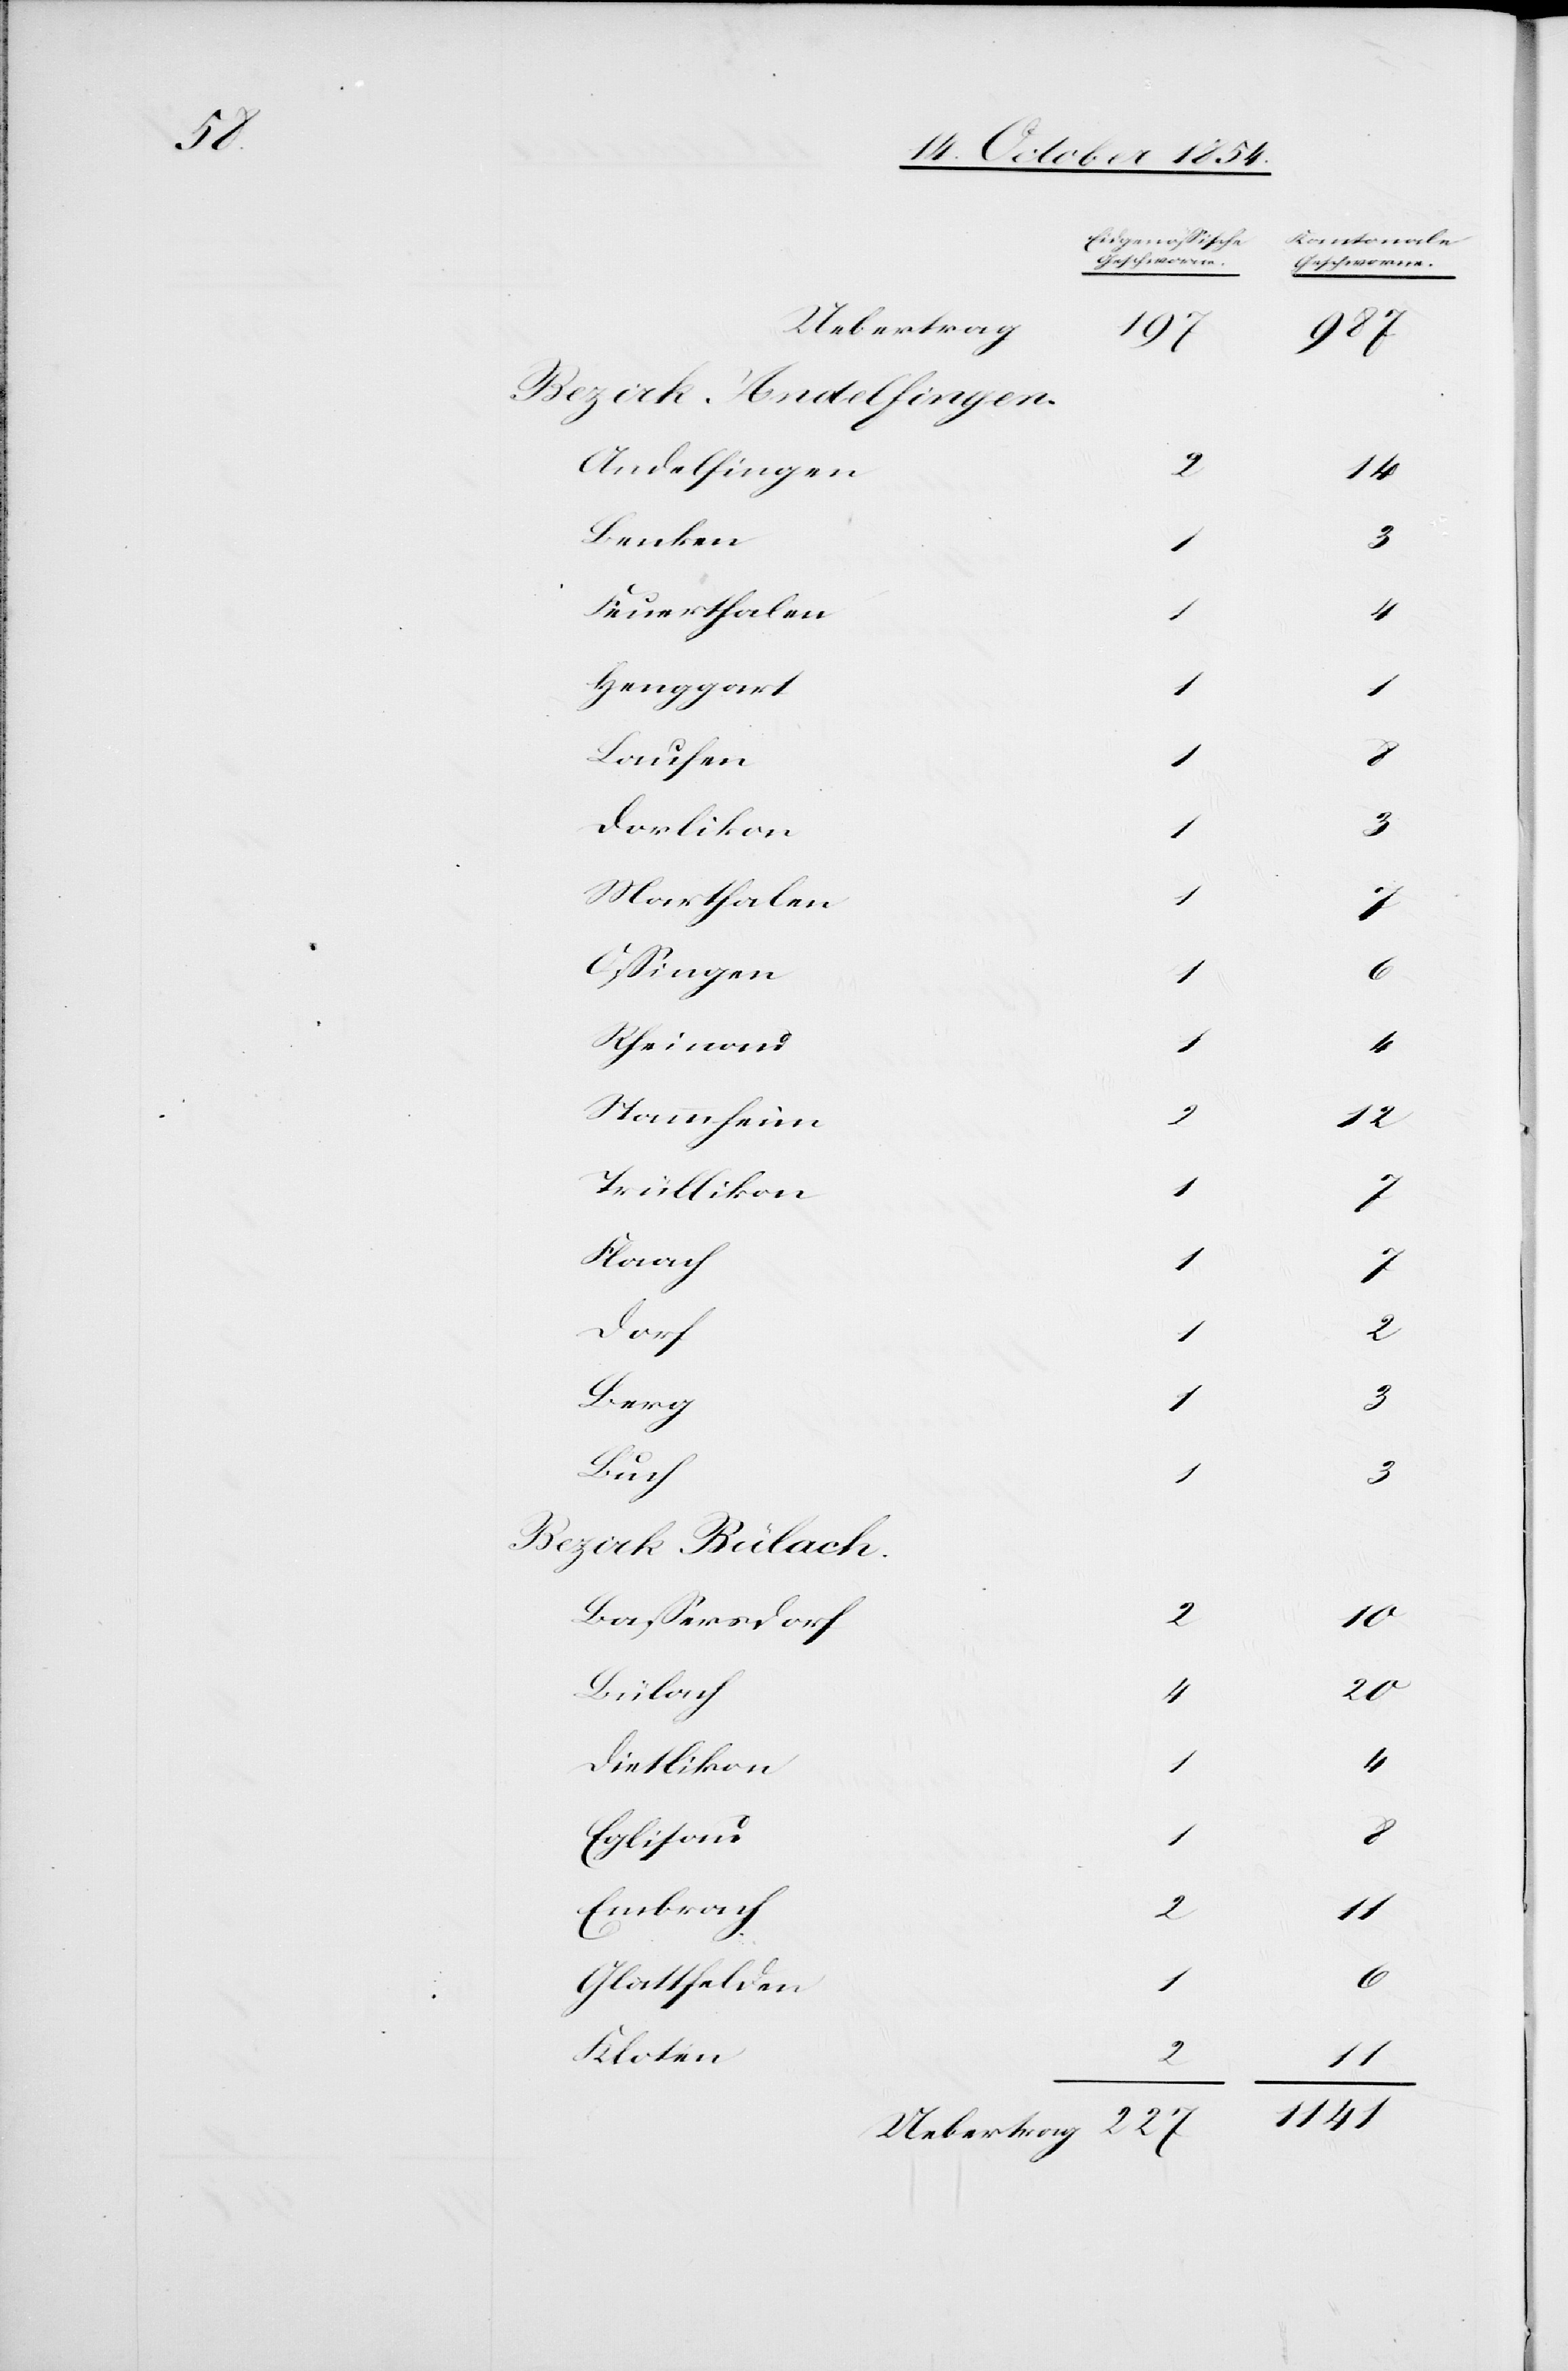
Uebertrag
197
Andelfingen
Benken
3
Feuerthalen
4
Henggart
1
Laufen
1
Dorlikon
1
3
Marthalen
Oßingen
1
Rheinau
1
4
Stammheim
12
Trüllikon
Flaach
1
Dorf
2
Berg
3
Buch
1
Baßersdorf
Bülach
4
Dietlikon
1
4
Eglisau
8
Embrach
2
Glattfelden
Kloten
2

14
3
2
20
11